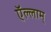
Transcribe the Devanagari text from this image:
ऍल्लाम्‌